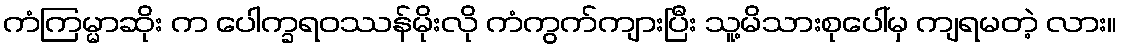
ကံကြမ္မာဆိုး က ပေါက္ခရဝဿန်မိုးလို ကံကွက်ကျားပြီး သူ့မိသားစုပေါ်မှ ကျရမတဲ့ လား။